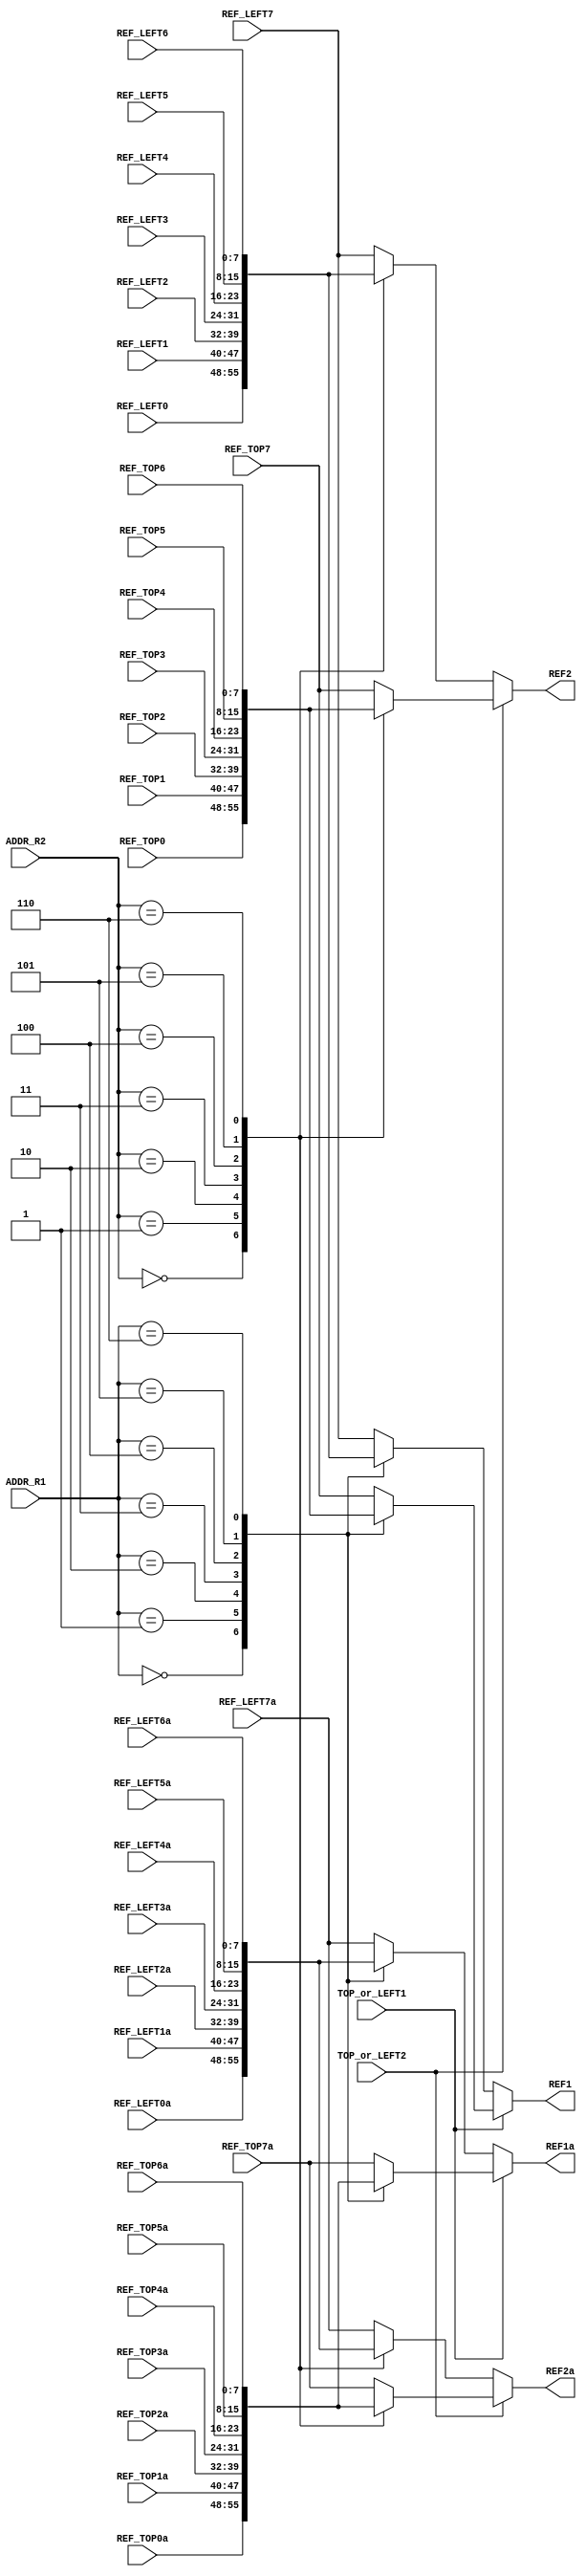
/*
	
*/
module REF_SEL_UNIT
(
	input [7:0]		REF_TOP0,
	input [7:0]		REF_TOP1,
	input [7:0]		REF_TOP2,
	input [7:0]		REF_TOP3,
	input [7:0]		REF_TOP4,
	input [7:0]		REF_TOP5,
	input [7:0]		REF_TOP6,
	input [7:0]		REF_TOP7,
	
	input [7:0]		REF_TOP0a,
	input [7:0]		REF_TOP1a,
	input [7:0]		REF_TOP2a,
	input [7:0]		REF_TOP3a,
	input [7:0]		REF_TOP4a,
	input [7:0]		REF_TOP5a,
	input [7:0]		REF_TOP6a,
	input [7:0]		REF_TOP7a,
	
	input [7:0]		REF_LEFT0,
	input [7:0]		REF_LEFT1,
	input [7:0]		REF_LEFT2,
	input [7:0]		REF_LEFT3,
	input [7:0]		REF_LEFT4,
	input [7:0]		REF_LEFT5,
	input [7:0]		REF_LEFT6,
	input [7:0]		REF_LEFT7,
	
	input [7:0]		REF_LEFT0a,
	input [7:0]		REF_LEFT1a,
	input [7:0]		REF_LEFT2a,
	input [7:0]		REF_LEFT3a,
	input [7:0]		REF_LEFT4a,
	input [7:0]		REF_LEFT5a,
	input [7:0]		REF_LEFT6a,
	input [7:0]		REF_LEFT7a,
	
	input				TOP_or_LEFT1,
	input				TOP_or_LEFT2,
	
	input	[7:0]		ADDR_R1,
	input [7:0]		ADDR_R2,
	
	output reg[7:0]	REF1,
	output reg[7:0]	REF2,
	
	output reg[7:0]	REF1a,
	output reg[7:0]	REF2a
);

	reg [7:0]	top1,top2,left1,left2;
	reg [7:0]	top1a,top2a,left1a,left2a;
	always @(REF_TOP0 or REF_TOP1 or REF_TOP2 or REF_TOP3 or REF_TOP4 or REF_TOP5 or REF_TOP6 or REF_TOP7 or
				REF_TOP0a or REF_TOP1a or REF_TOP2a or REF_TOP3a or REF_TOP4a or REF_TOP5a or REF_TOP6a or REF_TOP7a or
	         REF_LEFT0 or REF_LEFT1 or REF_LEFT2 or REF_LEFT3 or REF_LEFT4 or REF_LEFT5 or REF_LEFT6 or REF_LEFT7 or
				REF_LEFT0a or REF_LEFT1a or REF_LEFT2a or REF_LEFT3a or REF_LEFT4a or REF_LEFT5a or REF_LEFT6a or REF_LEFT7a or
				ADDR_R1 or ADDR_R2)
	begin
	case(ADDR_R1)
		8'd0:
		begin
			top1 = REF_TOP0;
			top1a = REF_TOP0a;
			//top2 = REF_TOP1;
			left1 = REF_LEFT0;
			left1a = REF_LEFT0a;
			//left2 = REF_LEFT1;
		end
		8'd1:
		begin
			top1 = REF_TOP1;
			top1a = REF_TOP1a;
			//top2 = REF_TOP2;
			left1 = REF_LEFT1;
			left1a = REF_LEFT1a;
			//left2 = REF_LEFT2;
		end
		8'd2:
		begin
			top1 = REF_TOP2;
			top1a = REF_TOP2a;
			//top2 = REF_TOP3;
			left1 = REF_LEFT2;
			left1a = REF_LEFT2a;
			//left2 = REF_LEFT3;
		end
		8'd3:
		begin
			top1 = REF_TOP3;
			top1a = REF_TOP3a;
			//top2 = REF_TOP4;
			left1 = REF_LEFT3;
			left1a = REF_LEFT3a;
			//left2 = REF_LEFT4;
		end
		8'd4:
		begin
			top1 = REF_TOP4;
			top1a = REF_TOP4a;
			//top2 = REF_TOP5;
			left1 = REF_LEFT4;
			left1a = REF_LEFT4a;
			//left2 = REF_LEFT5;
		end
		8'd5:
		begin
			top1 = REF_TOP5;
			top1a = REF_TOP5a;
			//top2 = REF_TOP6;
			left1 = REF_LEFT5;
			left1a = REF_LEFT5a;
			//left2 = REF_LEFT6;
		end
		8'd6:
		begin
			top1 = REF_TOP6;
			top1a = REF_TOP6a;
			//top2 = REF_TOP7;
			left1 = REF_LEFT6;
			left1a = REF_LEFT6a;
			//left2 = REF_LEFT7;
		end
		default:
		begin
			top1 = REF_TOP7;
			top1a = REF_TOP7a;
			//top2 = REF_TOP7;
			left1 = REF_LEFT7;
			left1a = REF_LEFT7a;
			//left2 = REF_LEFT7;
		end
	endcase
	
	case(ADDR_R2)
		8'd0:
		begin
			//top1 = REF_TOP0;
			top2 = REF_TOP0;
			top2a = REF_TOP0a;
			//left1 = REF_LEFT0;
			left2 = REF_LEFT0;
			left2a = REF_LEFT0a;
		end
		8'd1:
		begin
			//top1 = REF_TOP1;
			top2 = REF_TOP1;
			top2a = REF_TOP1a;
			//left1 = REF_LEFT1;
			left2 = REF_LEFT1;
			left2a = REF_LEFT1a;
		end
		8'd2:
		begin
			//top1 = REF_TOP2;
			top2 = REF_TOP2;
			top2a = REF_TOP2a;
			//left1 = REF_LEFT2;
			left2 = REF_LEFT2;
			left2a = REF_LEFT2a;
		end
		8'd3:
		begin
			//top1 = REF_TOP3;
			top2 = REF_TOP3;
			top2a = REF_TOP3a;
			//left1 = REF_LEFT3;
			left2 = REF_LEFT3;
			left2a = REF_LEFT3a;
		end
		8'd4:
		begin
			//top1 = REF_TOP4;
			top2 = REF_TOP4;
			top2a = REF_TOP4a;
			//left1 = REF_LEFT4;
			left2 = REF_LEFT4;
			left2a = REF_LEFT4a;
		end
		8'd5:
		begin
			//top1 = REF_TOP5;
			top2 = REF_TOP5;
			top2a = REF_TOP5a;
			//left1 = REF_LEFT5;
			left2 = REF_LEFT5;
			left2a = REF_LEFT5a;
		end
		8'd6:
		begin
			//top1 = REF_TOP6;
			top2 = REF_TOP6;
			top2a = REF_TOP6a;
			//left1 = REF_LEFT6;
			left2 = REF_LEFT6;
			left2a = REF_LEFT6a;
		end
		default:
		begin
			//top1 = REF_TOP7;
			top2 = REF_TOP7;
			top2a = REF_TOP7a;
			//left1 = REF_LEFT7;
			left2 = REF_LEFT7;
			left2a = REF_LEFT7a;
		end
	endcase
	end
	
	always @(top1 or top2 or left1 or left2 or TOP_or_LEFT1 or TOP_or_LEFT2 or top1a or top2a or left1a or left2a)
	begin
		if(TOP_or_LEFT1==1'b1)
		begin
			REF1 = top1;
			REF1a = top1a;
			//REF2 = top2;
		end
		else
		begin
			REF1 = left1;
			REF1a = left1a;
			//REF2 = left2;
		end
		
		if(TOP_or_LEFT2==1'b1)
		begin
			REF2 = top2;
			REF2a = top2a;
		end
		else
		begin
			REF2 = left2;
			REF2a = left2a;
		end
	end
	
endmodule